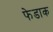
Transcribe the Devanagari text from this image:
फेडाक